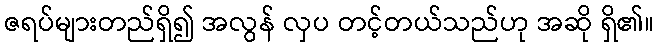
ဇရပ်များတည်ရှိ၍ အလွန် လှပ တင့်တယ်သည်ဟု အဆို ရှိ၏။